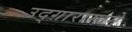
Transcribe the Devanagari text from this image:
उद्गारामागे